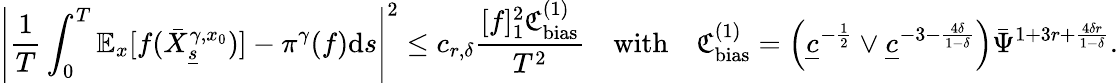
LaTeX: \left|\frac{1}{T}\int_{0}^{T}\mathbb{E}_{x}[f(\bar{X}_{\underline{{s}}}^{\gamma,x_{0}})]-\pi^{\gamma}(f)\mathrm{d}s\right|^{2}\le c_{r,\delta}\frac{[f]_{1}^{2}\mathfrak{C}_{\mathrm{bias}}^{(1)}}{T^{2}}\quad\textnormal{with}\quad\mathfrak{C}_{\mathrm{bias}}^{(1)}=\left(\underline{{c}}^{-\frac{1}{2}}\vee\underline{{c}}^{-3-\frac{4\delta}{1-\delta}}\right)\bar{\Psi}^{{1+3r}+\frac{4\delta r}{1-\delta}}.